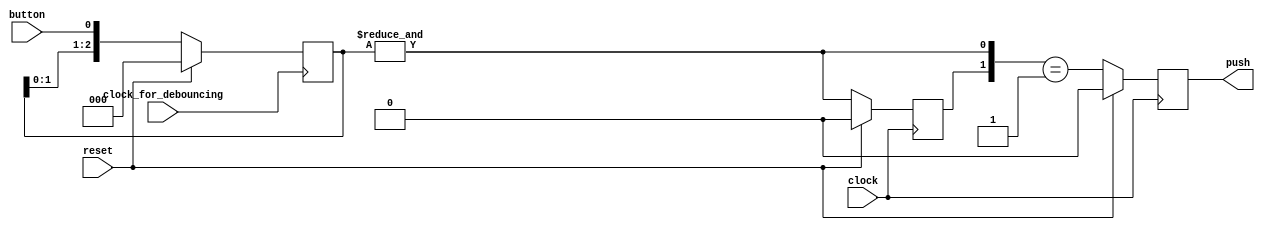
module debouncer
(
    input      clock,
    input      clock_for_debouncing,
    input      reset,
    input      button,
    output reg push
);

    reg [2:0] samples;

    always @(posedge clock_for_debouncing)
    begin
        if (reset)
            samples <= 0;
        else
            samples <= { samples [1:0], button };
    end

    wire current = & samples;
    reg  previous;

    always @(posedge clock)
    begin
        if (reset)
        begin
            previous <= 0;
            push     <= 0;
        end
        else
        begin
            previous <= current;
            push     <= { previous, current } == 2'b01;
        end
    end

endmodule